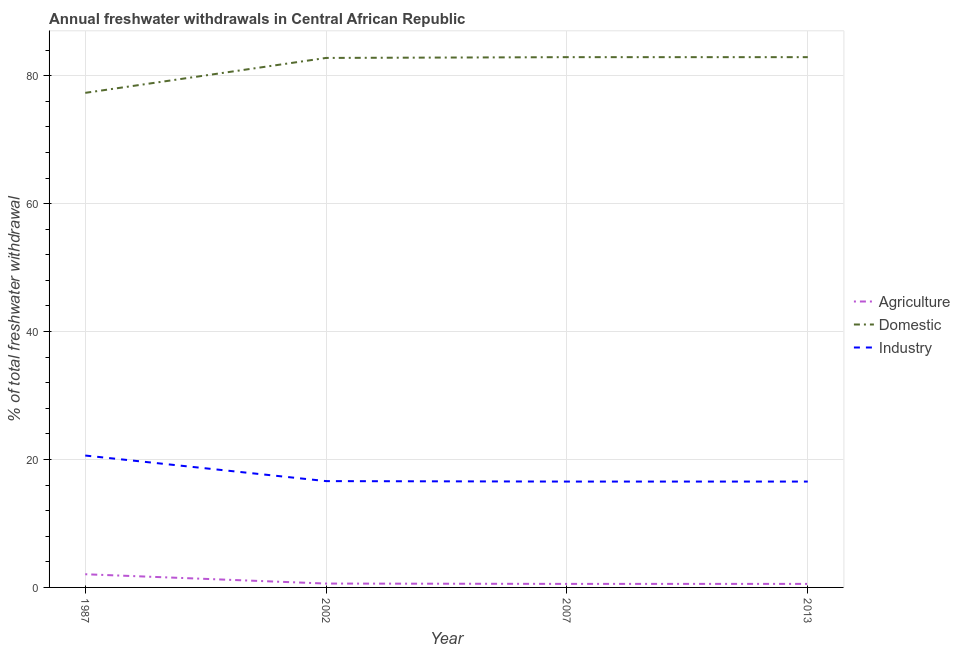
| Year | Agriculture | Domestic | Industry |
 | --- | --- | --- | --- |
 | 1987 | 2.06 | 77.3 | 20.6 |
 | 2002 | 0.604 | 82.8 | 16.6 |
 | 2007 | 0.552 | 82.9 | 16.6 |
 | 2013 | 0.552 | 82.9 | 16.6 |